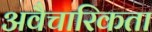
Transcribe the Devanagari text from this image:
अवैचारिकता